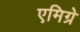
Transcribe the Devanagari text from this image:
एमिग्रे